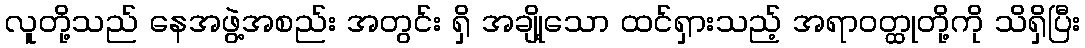
လူတို့သည် နေအဖွဲ့အစည်း အတွင်း ရှိ အချို့သော ထင်ရှားသည့် အရာဝတ္ထုတို့ကို သိရှိပြီး